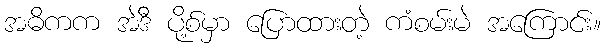
အဓိကက အဲဒီ ပို့စ်မှာ ပြောထားတဲ့ ကံစမ်းမဲ အကြောင်း။